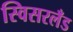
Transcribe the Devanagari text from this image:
स्विसरलँड